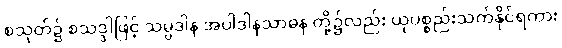
စသုတ်၌ စသဒ္ဒါဖြင့် သမ္ပဒါန အပါဒါနသာဓန တို့၌လည်း ယုပစ္စည်းသက်နိုင်ရကား